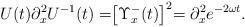
LaTeX: \begin{align*} U(t)\partial_x^2 U^{-1}(t) = \bigr[\Upsilon^{-}_x(t)\bigl]^2 = \partial_x^2 e^{-2\omega{t}}.\end{align*}